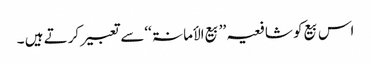
اس بیع کو شافعیہ ’’بیع الأمانۃ ‘‘سے تعبیر کرتے ہیں ۔